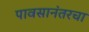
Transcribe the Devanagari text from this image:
पावसानंतरचा